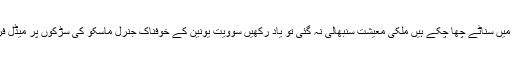
حصص بازار میں ،رئیل اسٹیٹ اور آٹو مارکیٹ میں سناٹے چھا چکے ہیں ملکی معیشت سنبھالی نہ گئی تو یاد رکھیں سوویت یونین کے خوفناک جنرل ماسکو کی سڑکوں پر میڈل فروخت کرتے تصاویر میں محفوظ ہو چکے ہیں ۔